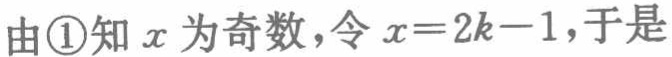
由\textcircled{1}知 \(x\) 为奇数，令 \(x = 2k - 1\)，于是